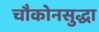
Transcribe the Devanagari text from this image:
चौकोनसुद्धा